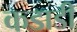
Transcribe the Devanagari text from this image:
कडाडी